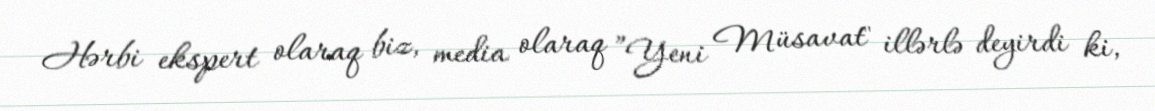
Hərbi ekspert olaraq biz, media olaraq ”Yeni Müsavat" illərlə deyirdi ki,